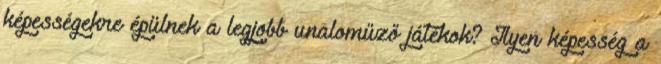
képességekre épülnek a legjobb unaloműző játékok? Ilyen képesség a